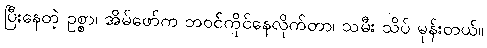
ပြီးနေတဲ့ ဥစ္စာ၊ အိမ်ဖော်က ဘဝင်ကိုင်နေလိုက်တာ၊ သမီး သိပ် မုန်းတယ်။